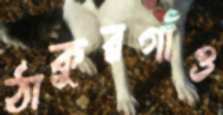
ঠাকুরগাঁও